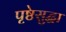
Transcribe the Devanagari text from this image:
पृष्ठेसुद्धा